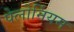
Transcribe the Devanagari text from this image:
पेलोर्नियम